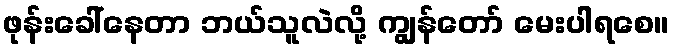
ဖုန်းခေါ်နေတာ ဘယ်သူလဲလို့ ကျွန်တော် မေးပါရစေ။